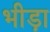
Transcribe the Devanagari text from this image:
भीड़ा